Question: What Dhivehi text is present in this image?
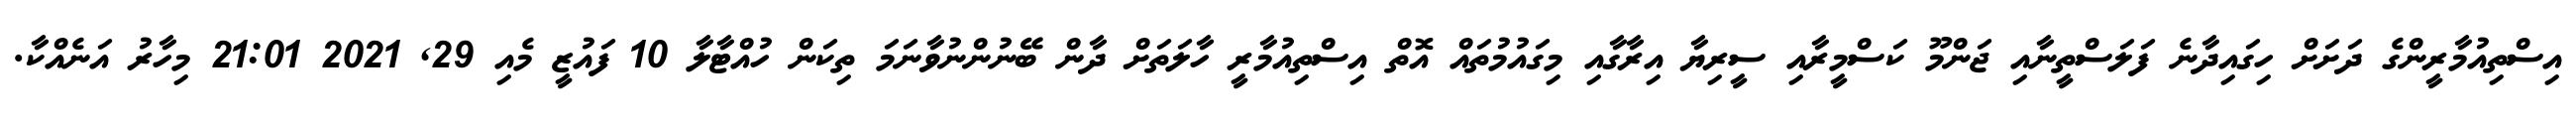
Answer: އިސްތިއުމާރީންގެ ދަށަށް ހިގައިދާނެ ފަލަސްތީނާއި ޖަންމޫ ކަސްމީރާއި ސީރިޔާ އިރާގާއި މިގައުމުތައް އޮތް އިސްތިއުމާރީ ހާލަތަށް ދާން ބޭނުންނުވާނަމަ ތިކަން ހުއްޓާލާ 10 ފައުޒީ މެއި 29, 2021 21:01 މިހާރު އަނެއްކާ.